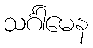
သင်္ဂါမေန